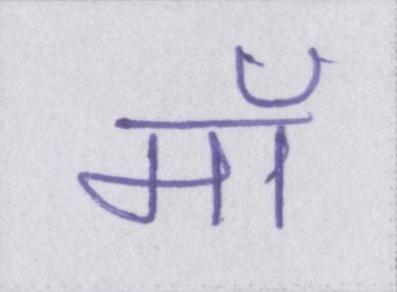
मॉ